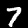
Label: 7